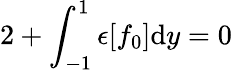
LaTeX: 2+\int_{-1}^{1}\epsilon[f_{0}]\mathrm{d}y=0